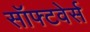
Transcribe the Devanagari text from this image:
सॉफ्टवेर्स